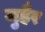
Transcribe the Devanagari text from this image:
जुहैर